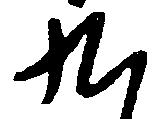
九